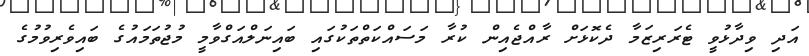
އަދި ވިދާޅުވީ ޓެރަރިޒަމާ ދެކޮޅަށް ރާއްޖެއިން ކުރާ މަަސައްކަތްތަކުގައި ބައިނަލްއަގްވާމީ މުޖުތަމައުގެ ބައިވެރިވުމުގެ